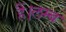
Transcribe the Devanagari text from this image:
हैं।लम्ब